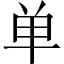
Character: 单